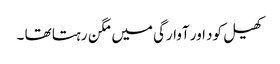
کھیل کود اور آوارگی میں مگن رہتا تھا ۔